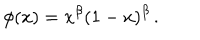
\phi ( x ) = x ^ { \beta } ( 1 - x ) ^ { \beta } \, .